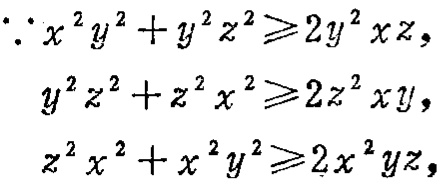
\[\begin{align*}
\because x^{2}y^{2}+y^{2}z^{2}&\geqslant 2y^{2}xz,\\
y^{2}z^{2}+z^{2}x^{2}&\geqslant 2z^{2}xy,\\
z^{2}x^{2}+x^{2}y^{2}&\geqslant 2x^{2}yz,
\end{align*}\]